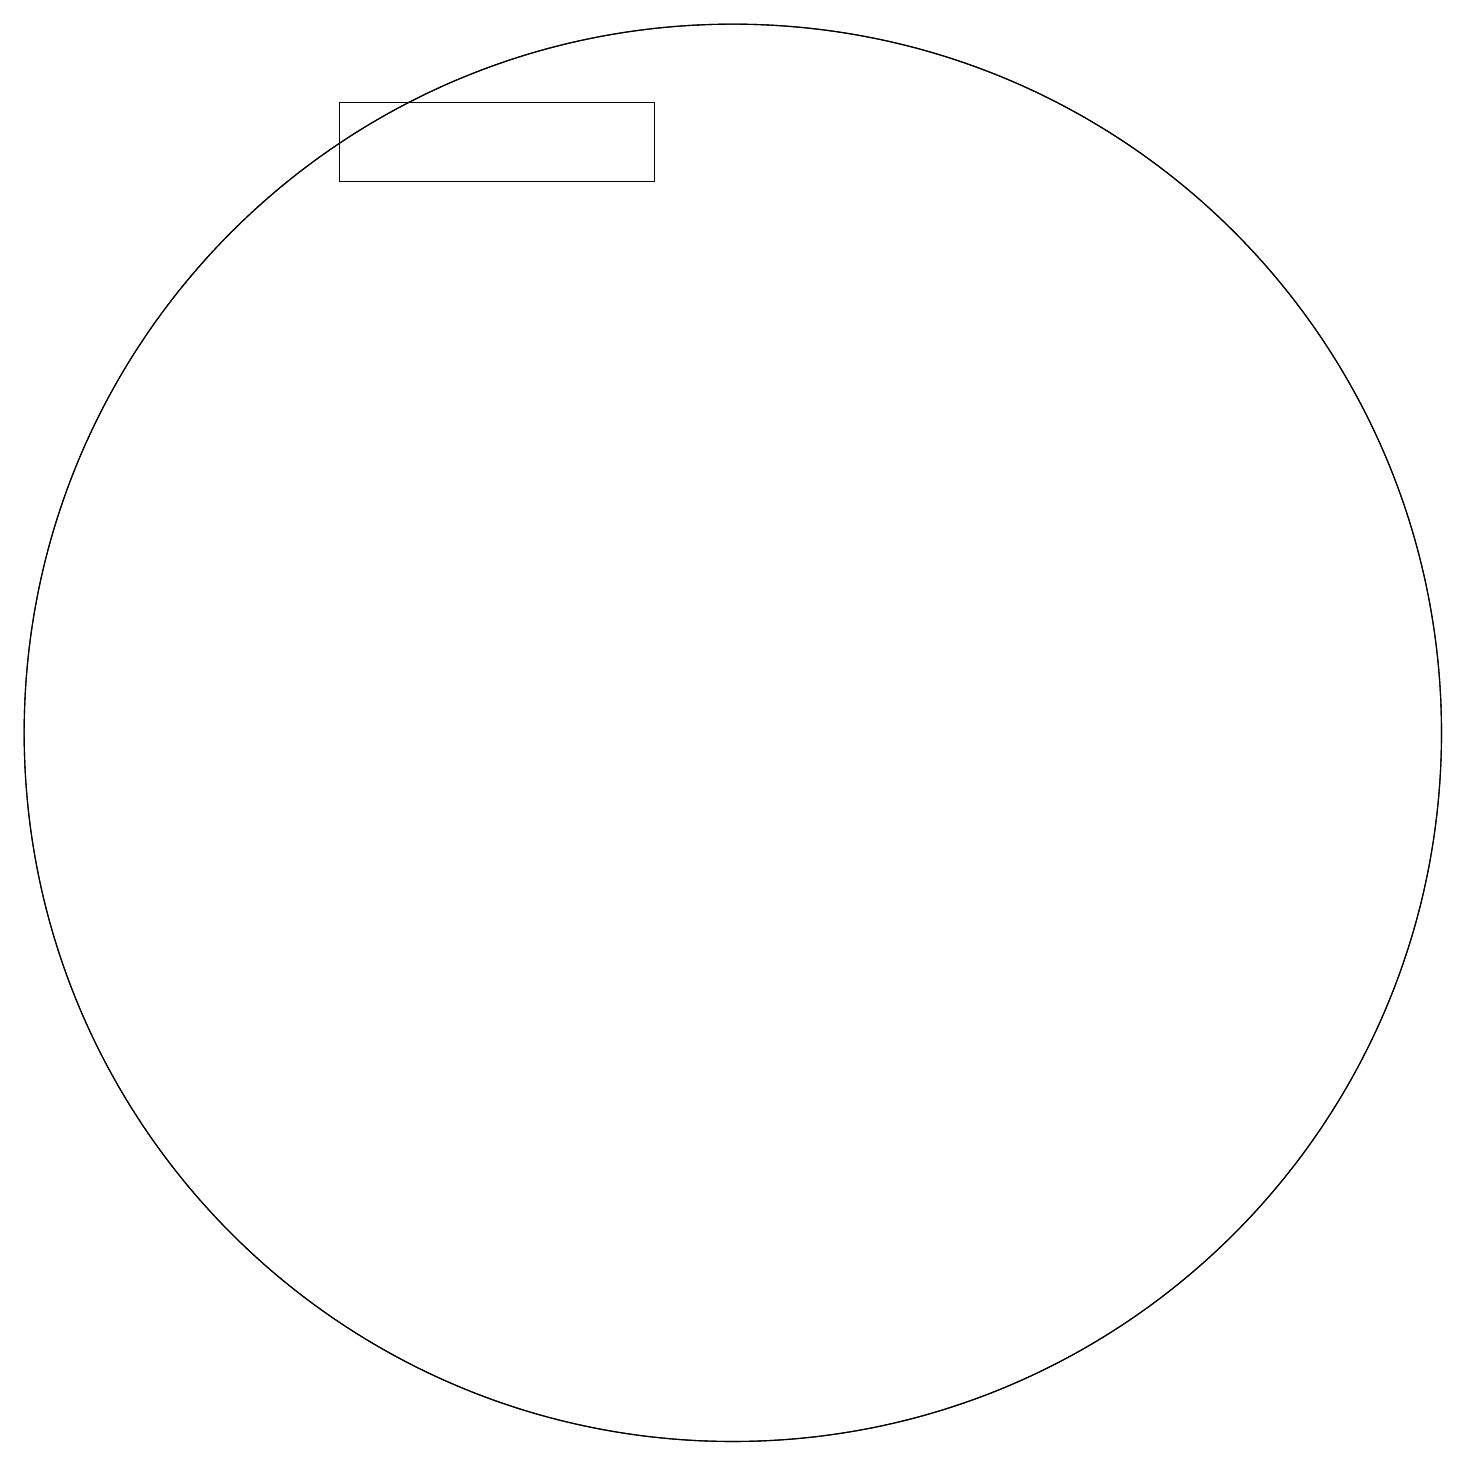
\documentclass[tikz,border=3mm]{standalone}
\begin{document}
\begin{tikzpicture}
\draw (10,10) circle (9);
\draw (5,18) rectangle (9,17);
\draw (10,10) circle (9);
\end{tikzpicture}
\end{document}